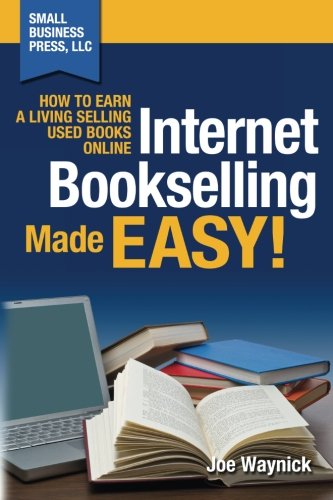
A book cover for Internet Bookselling Made Easy!: How to Earn a Living Selling Used Books Online (Volume 1); Joe Waynick; Business & Money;